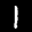
Label: 1